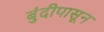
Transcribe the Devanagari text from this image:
बुंदीपासून